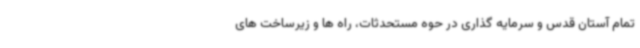
تمام آستان قدس و سرمایه گذاری در حوه مستحدثات، راه ها و زیرساخت های